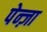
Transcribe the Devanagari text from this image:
पेन्ज़ा